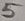
Text: 5